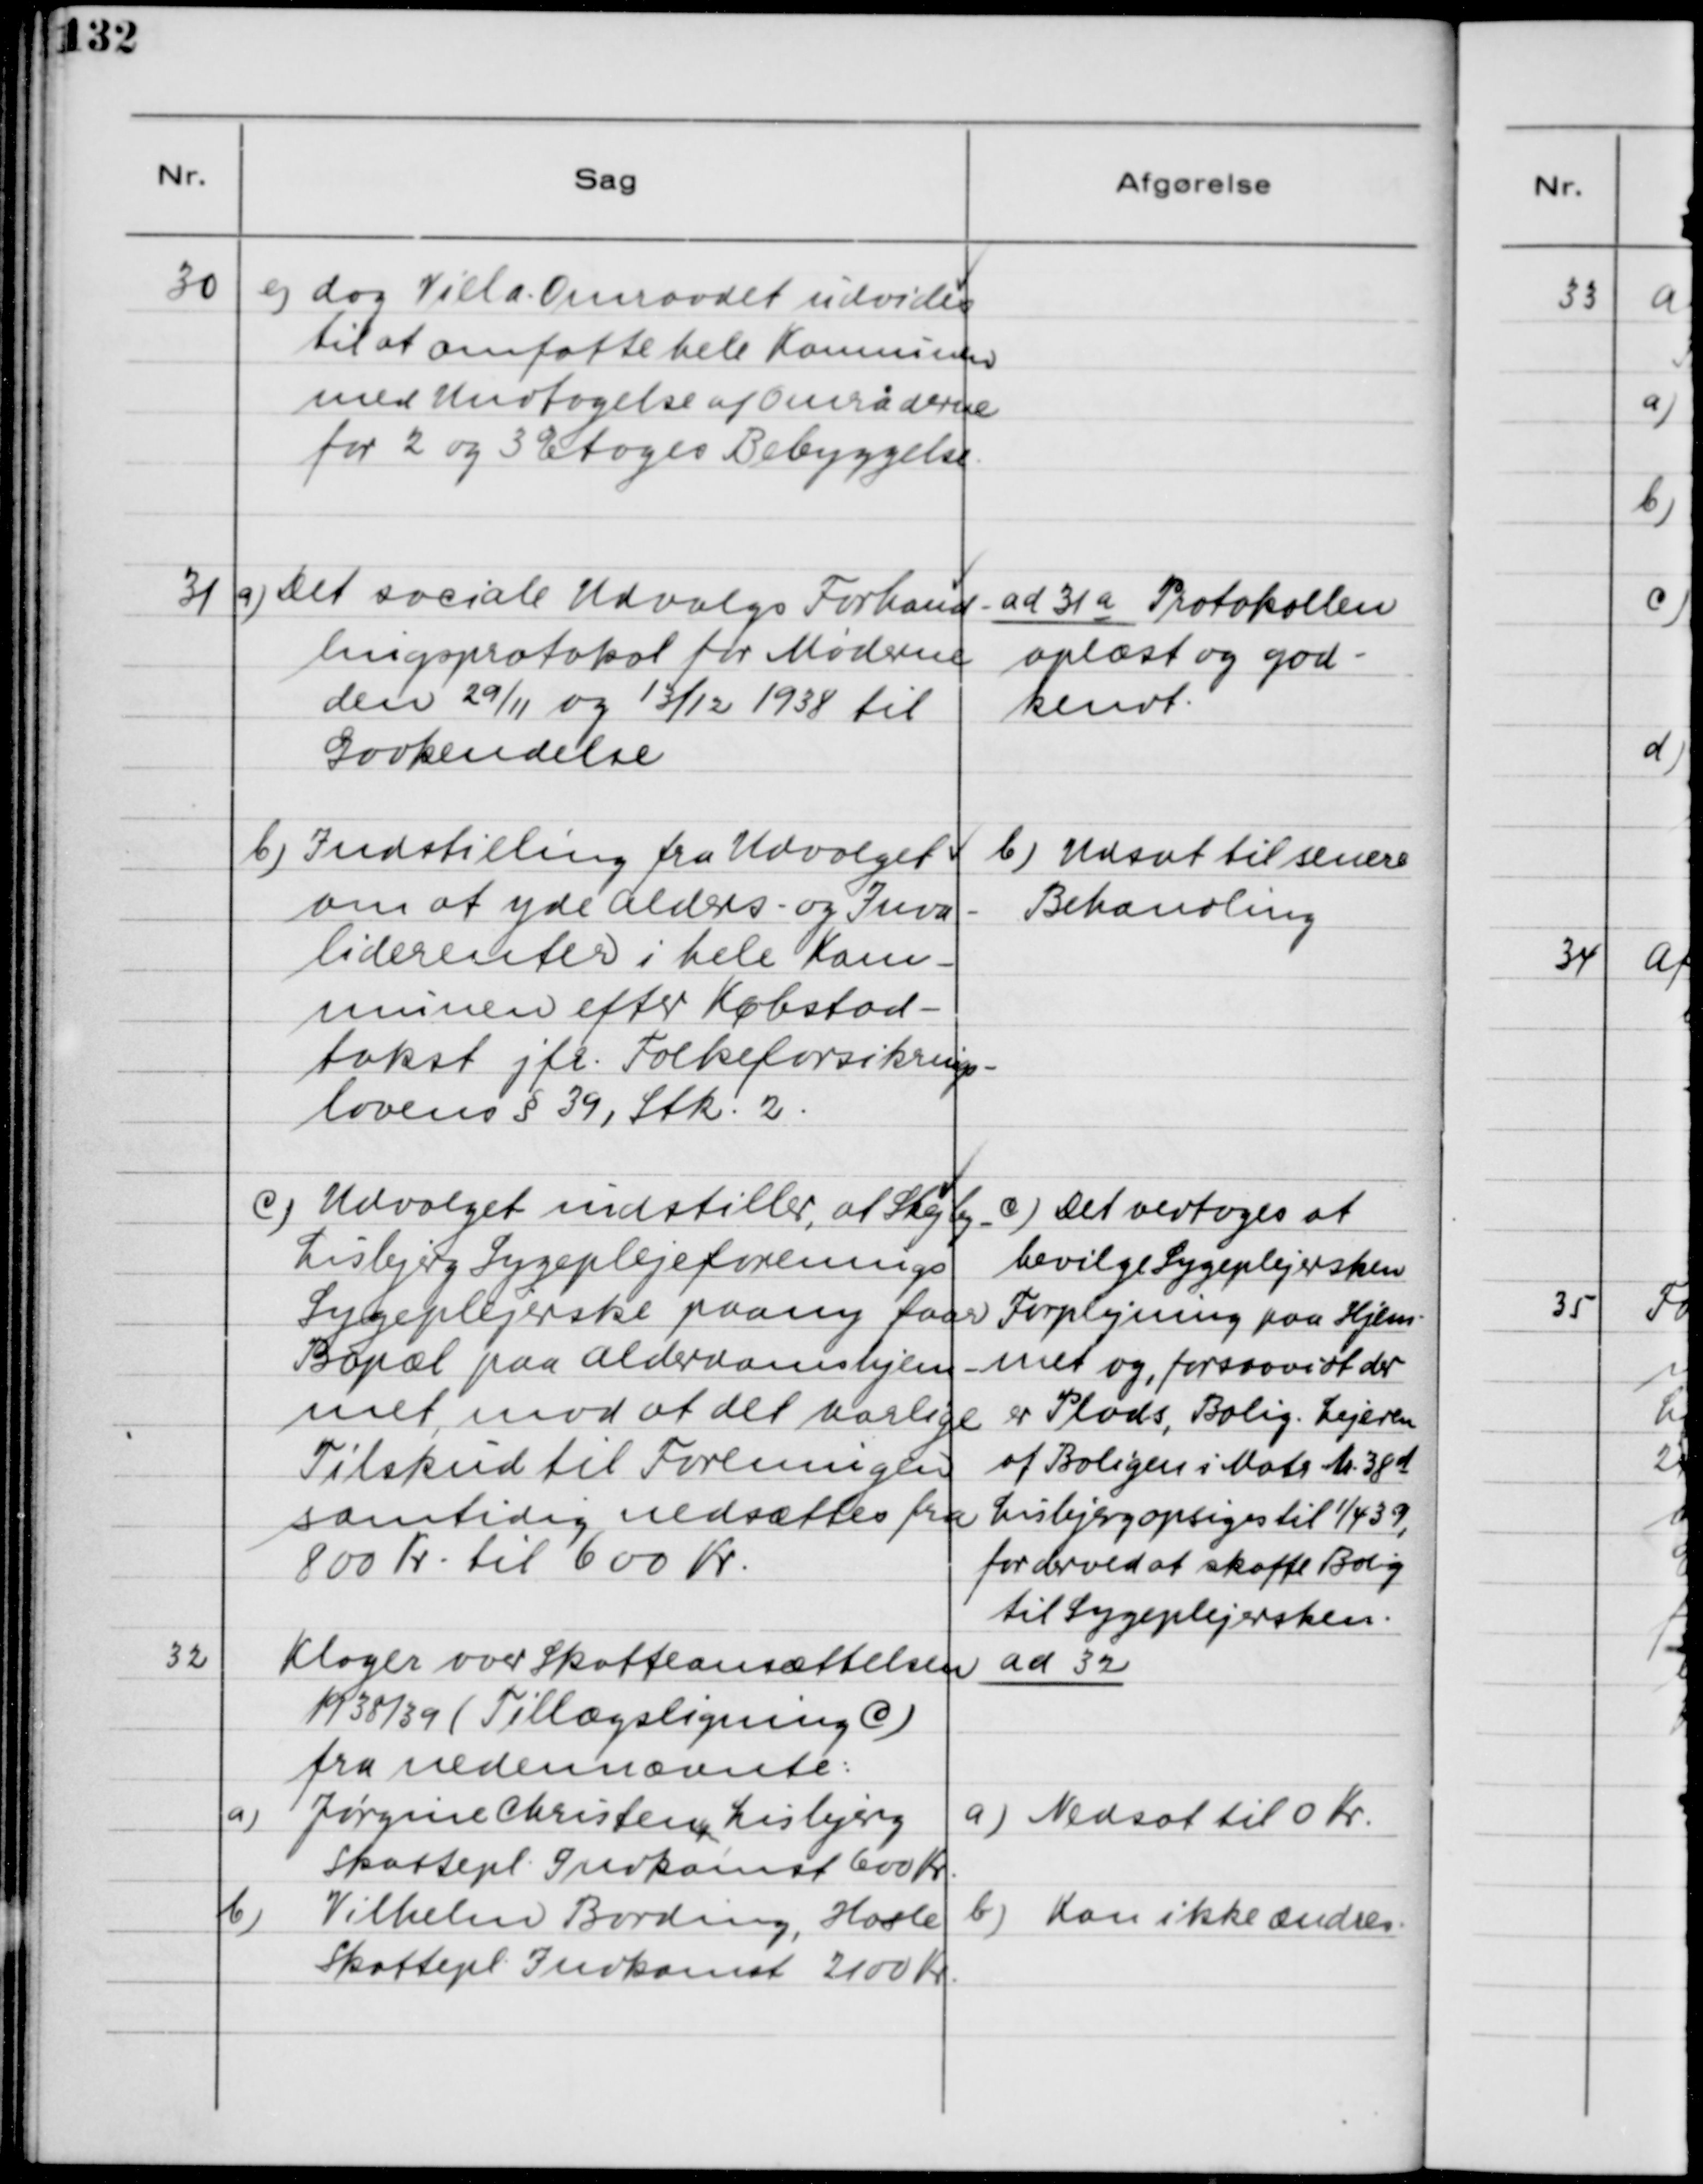
Transskription:
30. e) dog Villa Området udvides
til at omfatte hele Kommunen
med Undtagelse af Omraaderne
for 2 og 3 Etages Bebyggelse.

31. a) Det sociale Udvalgs Forhand-
lingsprotokol for Møderne
den 29/11 og 13/12 1938 til
Godkendelse.
b) Indstillingen fra Udvalget
om at yde Alders- og Inva-
liderenter i hele Kom-
munen efter Købstad-
takst jfr. Folkeforsikrings-
lovens §39, Stk. 2
c) Udvalget indstiller, at Skejby -
Lisbjerg Sygeplejeforenings
Sygeplejerske paany faar
Bopæl paa Alderdomshjem-
met, mod at det Aarlige
Tilskud til Foreningen
samtidig nedsættes fra
800 Kr. til 600 Kr.

ad 31a. Protokollen
oplæst og god-
kendt.
b) Udsat til senere
Behandling.
c) Det vedtoges at
bevilge Sygeplejersken
Forplejning paa Hjem-
met og, forsaavidt at der
er Plads, Bolig. Lejeren
af Boligen i Matr. Nr. 38 d
Lisbjerg opsiges til 1/4 39,
for derved at skaffe Bolig
til Sygeplejersken.

32. Klager over Skatteansættelsen
1938/39 (Tillægsligning C)
fra Nedennævnte:
a) Jørgine Christensen, Lisbjerg
Skattepl. Indkomst 600 Kr.
b) Vilhelm Bording, Hasle
Skattepl. Indkomst 2100 Kr.

ad 32.
a) Nedsat til 0 Kr.
b) Kan ikke ændres